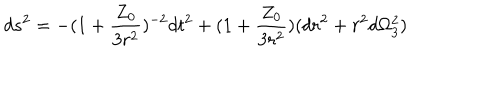
LaTeX: d s ^ { 2 } = - ( 1 + \frac { Z _ { 0 } } { 3 r ^ { 2 } } ) ^ { - 2 } d t ^ { 2 } + ( 1 + \frac { Z _ { 0 } } { 3 r ^ { 2 } } ) ( d r ^ { 2 } + r ^ { 2 } d \Omega _ { 3 } ^ { 2 } )